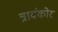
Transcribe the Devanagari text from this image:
त्रावंकोर